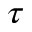
\tau